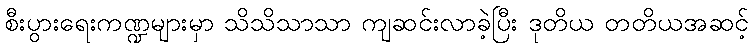
စီးပွားရေးကဏ္ဍများမှာ သိသိသာသာ ကျဆင်းလာခဲ့ပြီး ဒုတိယ တတိယအဆင့်